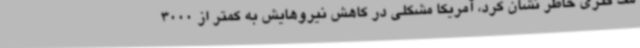
مک کنزی خاطر نشان کرد، آمریکا مشکلی در کاهش نیروهایش به کمتر از 3000